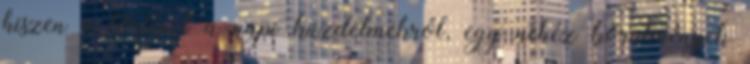
hiszen a történet a napi küzdelmekről, egy nehéz körülmények